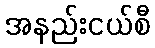
အနည်းငယ်စီ